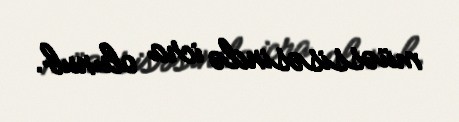
müəssisəsində icra olunub.